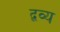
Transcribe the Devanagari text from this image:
द्वव्य